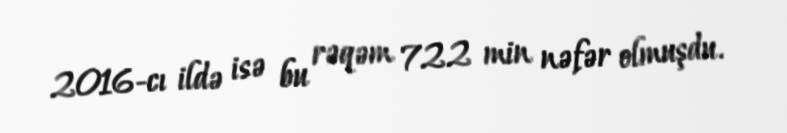
2016-cı ildə isə bu rəqəm 722 min nəfər olmuşdu.